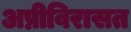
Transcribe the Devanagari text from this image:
अप्नीविरासत